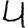
Digit: 4